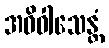
အဓိဝါသေန္တံ